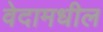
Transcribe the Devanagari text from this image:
वेदामधील